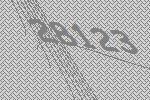
28123